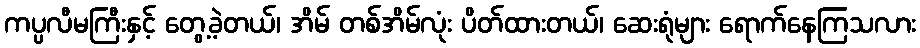
ကပ္ပလီမကြီးနှင့် တွေ့ခဲ့တယ်၊ အိမ် တစ်အိမ်လုံး ပိတ်ထားတယ်၊ ဆေးရုံများ ရောက်နေကြသလား